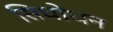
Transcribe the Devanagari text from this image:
सिधोधन